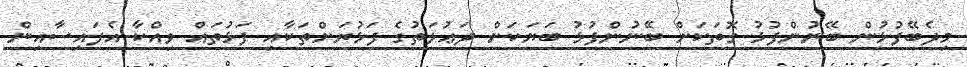
މިދެބޭފުޅުން ބޭނުންފުޅު ގޮތަކަށް ބޭނުންފުޅު ބަޔަކަށް ދަޢުލަތުގެ ފަޅުރަށްތަކާއި ފަޅުތައް ވިއްކާ އެފައިސާއިން